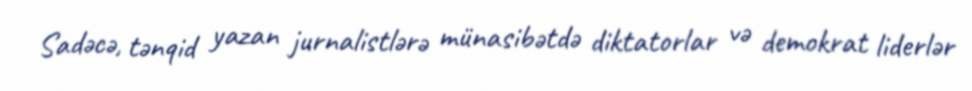
Sadəcə, tənqid yazan jurnalistlərə münasibətdə diktatorlar və demokrat liderlər